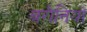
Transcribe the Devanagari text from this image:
बरौनियों